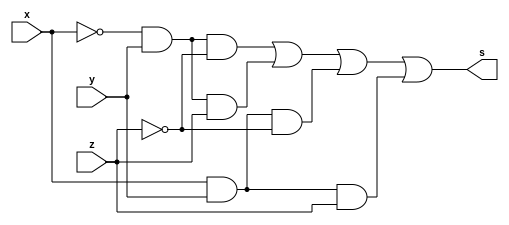
/*
 Guia_0403a.v - v0.0. - 28 / 08 / 2022
 Autor    : Gabriel Vargas Bento de Souza
 Matricula: 778023
 */

/* 
 Soma dso produtos
               ___
f(x, y, z) =  \   m(2, 3, 6, 7)  = SoP (2, 3, 6, 7) = 1
              /___
*/

/**
 SoP (2, 3, 6, 7)
 */
module SoP (output s,
            input  x, y, z);
   assign s = (~x &  y & ~z)  // 2
            | (~x &  y &  z)  // 3
            | ( x &  y & ~z)  // 6
            | ( x &  y &  z); // 7
endmodule // SoP

/**
  Guia_0403a.v
 */
module Guia_0403a;
   reg  x, y, z;
   wire s1;
   
   // instancias
   SoP SOP (s, x, y, z);
   
   // valores iniciais
   initial begin: start
      x=1'bx; y=1'bx; z=1'bx; // indefinidos
   end

   // parte principal
   initial begin: main
      // identificacao
       $display("Gabriel Vargas Bento de Souza - 778023");
       $display("Test boolean expression");
       $display("\n03.a) SoP (2, 3, 6, 7)\n");

       // monitoramento
       $display(" x  y  z  SoP(2, 3, 6, 7)");
       $monitor("%2b %2b %2b %10b", x, y, z, s);

       // sinalizacao
       #1 x=0; y=0; z=0;
       #1 x=0; y=0; z=1;
       #1 x=0; y=1; z=0;
       #1 x=0; y=1; z=1;
       #1 x=1; y=0; z=0;
       #1 x=1; y=0; z=1;
       #1 x=1; y=1; z=0;
       #1 x=1; y=1; z=1;
   end
endmodule // Guia_0403a